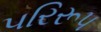
પરિરૂપ